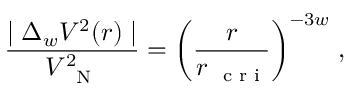
\frac { \mid \Delta _ { w } V ^ { 2 } ( r ) \mid } { V _ { \mathrm { ~ \scriptsize ~ N ~ } } ^ { 2 } } = \left( \frac { r } { r _ { \mathrm { ~ \scriptsize ~ c ~ r ~ i ~ } } } \right) ^ { - 3 w } \, ,